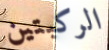
الركبتين